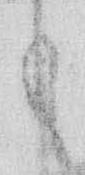
も